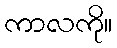
ကာလကို။